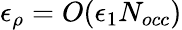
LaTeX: \epsilon_{\rho}=O(\epsilon_{1}N_{occ})